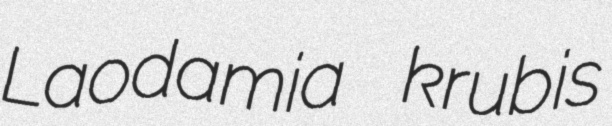
Laodamia krubis